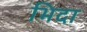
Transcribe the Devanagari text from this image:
भिदा